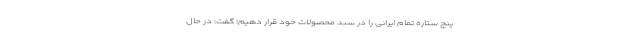
پنج ستاره تمام ایرانی را در سبد محصولات خود قرار دهیم؛ گفت: در حال